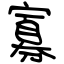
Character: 寡